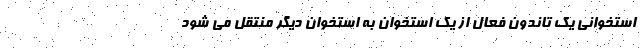
استخوانی یک تاندون فعال از یک استخوان به استخوان دیگر منتقل می شود